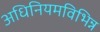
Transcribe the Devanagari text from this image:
अधिनियमविभिन्न